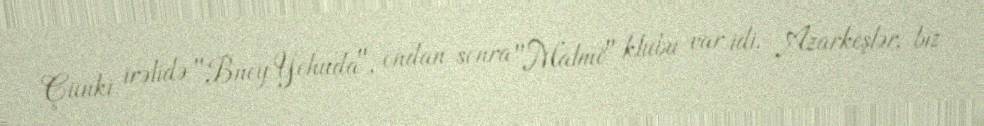
Çünki irəlidə "Bney Yehuda", ondan sonra "Malmö" klubu var idi. Azarkeşlər, biz